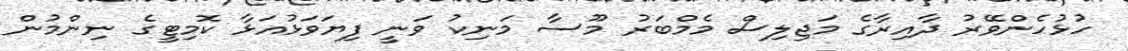
ހުޅުހެންވޭރު ދާއިރާގެ މަޖިލިސް މެމްބަރު މޫސާ މަނިކު ވަނީ ފިޔަވަޅުއަޅާ ކޮމިޓީގެ ނިންމުން